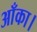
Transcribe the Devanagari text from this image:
आँका।